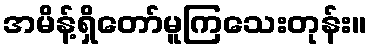
အမိန့်ရှိတော်မူကြသေးတုန်း။